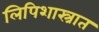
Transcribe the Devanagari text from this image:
लिपिशास्त्रात